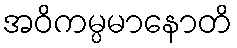
အဝိကမ္ပမာနောတိ